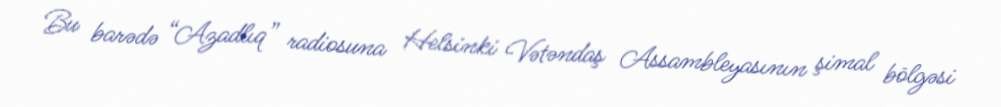
Bu barədə “Azadlıq” radiosuna Helsinki Vətəndaş Assambleyasının şimal bölgəsi